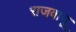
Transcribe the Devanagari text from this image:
राजवायू